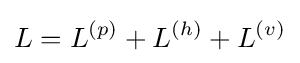
L=L^{(p)}+L^{(h)}+L^{(v)}